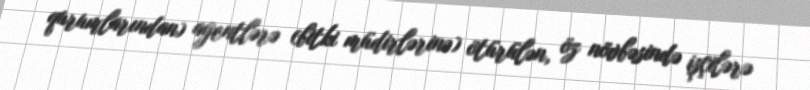
qurumlarından) agentlərə (bitki müdirlərinə) ötürülən, öz növbəsində işçilərə